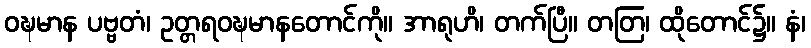
ဝဍ္ဎမာန ပဗ္ဗတံ၊ ဥတ္တရဝဍ္ဎမာနတောင်ကို။ အာရုဟိ၊ တက်ပြီ။ တတြ၊ ထိုတောင်၌။ နံ၊